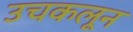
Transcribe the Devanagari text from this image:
उचकलून